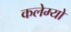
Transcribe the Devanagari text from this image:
कलेम्यो